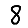
Digit: 8